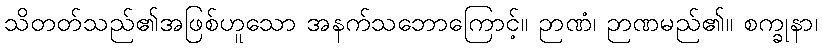
သိတတ်သည်၏အဖြစ်ဟူသော အနက်သဘောကြောင့်။ ဉာဏံ၊ ဉာဏမည်၏။ စက္ခုနာ၊